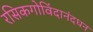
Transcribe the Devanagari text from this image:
रसिकगोविंदानंदधन